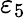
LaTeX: \varepsilon_{5}